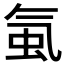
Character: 𧉁